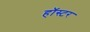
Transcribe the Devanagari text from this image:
हॉस्टर